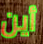
أين